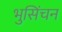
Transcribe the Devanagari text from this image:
भुसिंचन